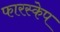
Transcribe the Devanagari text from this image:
फारस्केप